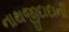
નાથજીદાદાની